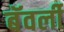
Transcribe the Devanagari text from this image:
बॅवर्ली